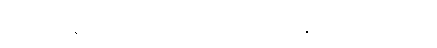
တစ်သိန်းဝန်းကျင်အထိသာ ပေးနိုင်ကြပါတယ်။